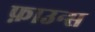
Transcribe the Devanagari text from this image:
फ़ाउन्स